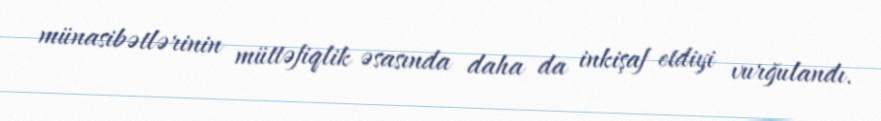
münasibətlərinin müttəfiqlik əsasında daha da inkişaf etdiyi vurğulandı.